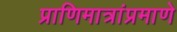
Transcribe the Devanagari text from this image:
प्राणिमात्रांप्रमाणे